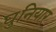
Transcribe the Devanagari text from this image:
घुनियार